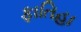
ફાતિહા